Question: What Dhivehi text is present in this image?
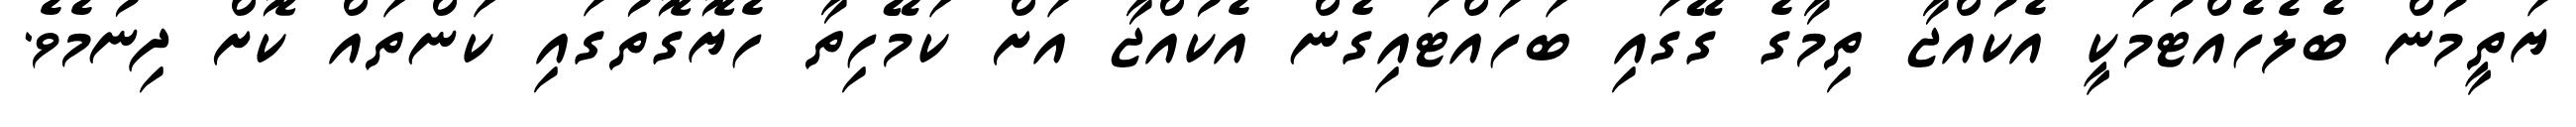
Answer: ޔަތީމުން ބެލެހެއްޓުމަކީ އެކުއްޖާ ތިމާގެ ގޭގައި ބަހައްޓައިގެން އެކުއްޖާ އަށް ކަމޭހިތާ ހެޔޮގޮތުގައި ކަންތައް ކޮށް ދިނުމެވެ.